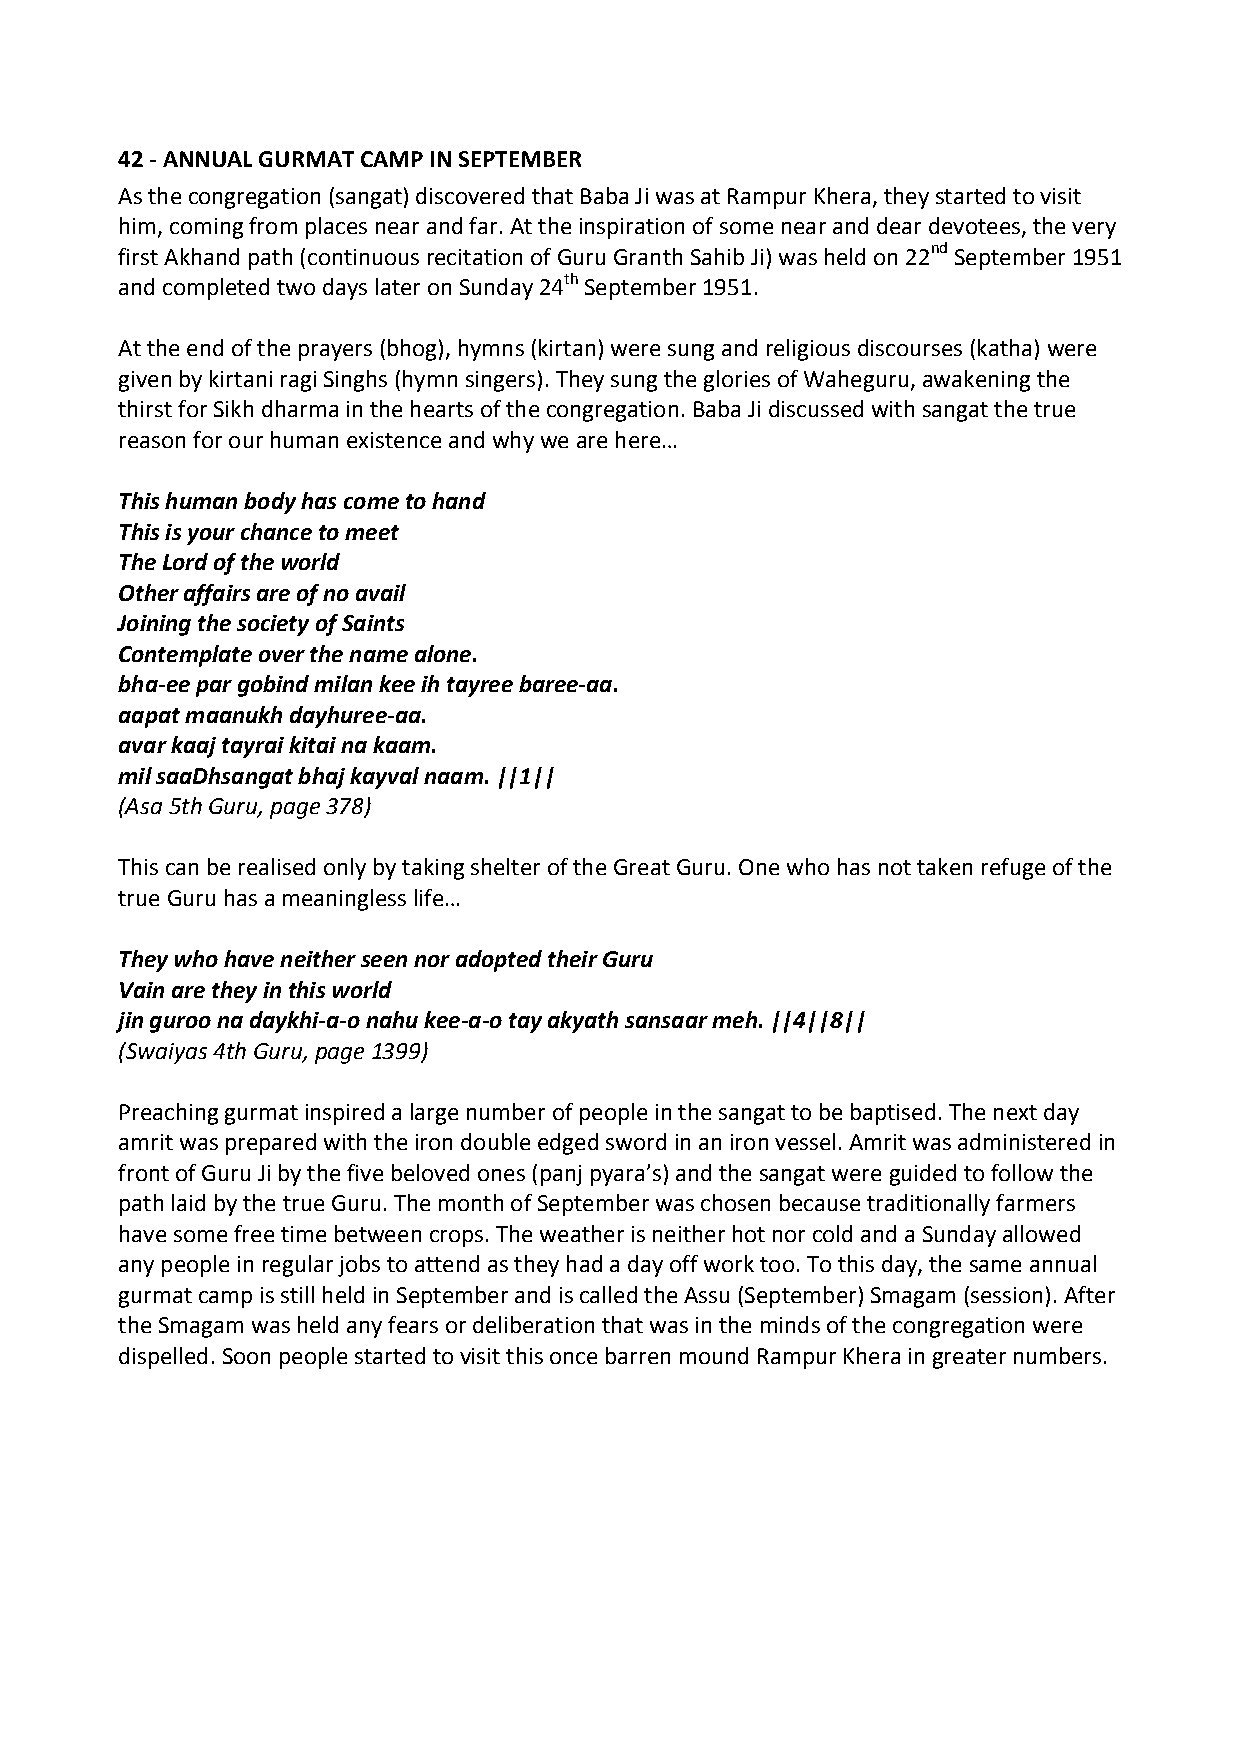
42 ‐ ANNUAL GURMAT CAMP IN SEPTEMBER
 As the congregation (sangat) discovered that Baba Ji was at Rampur Khera, they started to visit
 him, coming from places near and far. At the inspiration of some near and dear devotees, the very
 first Akhand path (continuous recitation of Guru Granth Sahib Ji) was held on 22nd September 1951
 and completed two days later on Sunday 24th September 1951.
 At the end of the prayers (bhog), hymns (kirtan) were sung and religious discourses (katha) were
 given by kirtani ragi Singhs (hymn singers). They sung the glories of Waheguru, awakening the
 thirst for Sikh dharma in the hearts of the congregation. Baba Ji discussed with sangat the true
 reason for our human existence and why we are here…
 This human body has come to hand
 This is your chance to meet
 The Lord of the world
 Other affairs are of no avail
 Joining the society of Saints
 Contemplate over the name alone.
 bha‐ee par gobind milan kee ih tayree baree‐aa.
 aapat maanukh dayhuree‐aa.
 avar kaaj tayrai kitai na kaam.
 mil saaDhsangat bhaj kayval naam. ||1||
 (Asa 5th Guru, page 378)
 This can be realised only by taking shelter of the Great Guru. One who has not taken refuge of the
 true Guru has a meaningless life…
 They who have neither seen nor adopted their Guru
 Vain are they in this world
 jin guroo na daykhi‐a‐o nahu kee‐a‐o tay akyath sansaar meh. ||4||8||
 (Swaiyas 4th Guru, page 1399)
 Preaching gurmat inspired a large number of people in the sangat to be baptised. The next day
 amrit was prepared with the iron double edged sword in an iron vessel. Amrit was administered in
 front of Guru Ji by the five beloved ones (panj pyara’s) and the sangat were guided to follow the
 path laid by the true Guru. The month of September was chosen because traditionally farmers
 have some free time between crops. The weather is neither hot nor cold and a Sunday allowed
 any people in regular jobs to attend as they had a day off work too. To this day, the same annual
 gurmat camp is still held in September and is called the Assu (September) Smagam (session). After
 the Smagam was held any fears or deliberation that was in the minds of the congregation were
 dispelled. Soon people started to visit this once barren mound Rampur Khera in greater numbers.